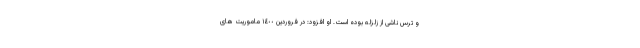
و ترس ناشی از زلزله بوده است. او افزود: در فروردین ١٤٠٠ ماموریت های